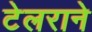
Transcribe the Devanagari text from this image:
टेलराने